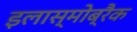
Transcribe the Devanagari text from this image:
इलास्मोब्रैक